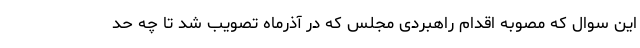
این سوال که مصوبه اقدام راهبردی مجلس که در آذرماه تصویب شد تا چه حد